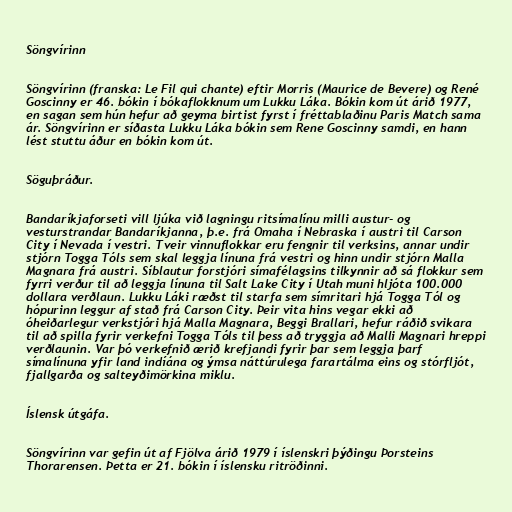
Söngvírinn

Söngvírinn (franska: Le Fil qui chante) eftir Morris (Maurice de Bevere) og René
Goscinny er 46. bókin í bókaflokknum um Lukku Láka. Bókin kom út árið 1977,
en sagan sem hún hefur að geyma birtist fyrst í fréttablaðinu Paris Match sama
ár. Söngvírinn er síðasta Lukku Láka bókin sem Rene Goscinny samdi, en hann
lést stuttu áður en bókin kom út.

Söguþráður.

Bandaríkjaforseti vill ljúka við lagningu ritsímalínu milli austur- og
vesturstrandar Bandaríkjanna, þ.e. frá Omaha í Nebraska í austri til Carson
City í Nevada í vestri. Tveir vinnuflokkar eru fengnir til verksins, annar undir
stjórn Togga Tóls sem skal leggja línuna frá vestri og hinn undir stjórn Malla
Magnara frá austri. Síblautur forstjóri símafélagsins tilkynnir að sá flokkur sem
fyrri verður til að leggja línuna til Salt Lake City í Utah muni hljóta 100.000
dollara verðlaun. Lukku Láki ræðst til starfa sem símritari hjá Togga Tól og
hópurinn leggur af stað frá Carson City. Þeir vita hins vegar ekki að
óheiðarlegur verkstjóri hjá Malla Magnara, Beggi Brallari, hefur ráðið svikara
til að spilla fyrir verkefni Togga Tóls til þess að tryggja að Malli Magnari hreppi
verðlaunin. Var þó verkefnið ærið krefjandi fyrir þar sem leggja þarf
símalínuna yfir land indíána og ýmsa náttúrulega farartálma eins og stórfljót,
fjallgarða og salteyðimörkina miklu.

Íslensk útgáfa.

Söngvírinn var gefin út af Fjölva árið 1979 í íslenskri þýðingu Þorsteins
Thorarensen. Þetta er 21. bókin í íslensku ritröðinni.